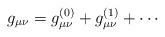
LaTeX: \begin{align*}g_{\mu \nu} = g^{(0)}_{\mu \nu} + g^{(1)}_{\mu \nu} + \cdots\end{align*}